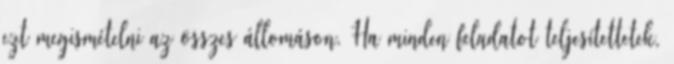
ezt megismételni az összes állomáson. Ha minden feladatot teljesítettetek,